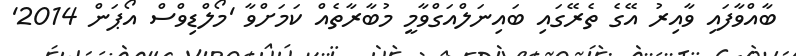
ބާއްވާފައި ވާއިރު އޭގެ ތެރޭގައި ބައިނަލްއަގްވާމީ މުބާރާތެއް ކަމަށްވާ 'މޯލްޑިވްސް އޯޕަން 2014'